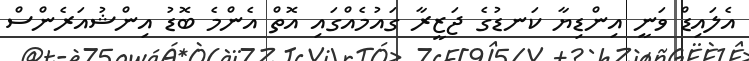
އެލައިޑް ވަނީ އިންޑިޔާ ކަނޑުގެ ޖަޒީރާ ގައުމެއްގައި އޮތް އެންމެ ބޮޑު އިންޝުއަރެންސް